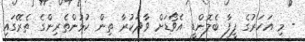
- މި އަހަރުގެ ފީފާ ބެލޮންޑީ އެވޯޑަށް ވާދަކުރާ ތިން ކުޅުންތެރިންގެ ތެރޭގައި